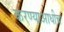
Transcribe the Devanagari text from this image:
करण्याआधीच